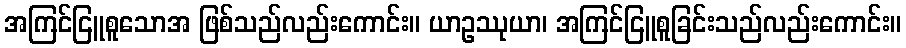
အကြင်ငြူစူသောအ ဖြစ်သည်လည်းကောင်း။ ယာဥဿုယာ၊ အကြင်ငြူစူခြင်းသည်လည်းကောင်း။